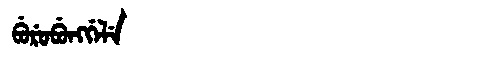
Manchu: ᠪᡠᡵᡠᠪᡠᠩᡤᡝᠯᡝ
Romanization: BURUBUNGGELE